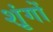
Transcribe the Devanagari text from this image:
शृंगों